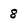
Character: 8